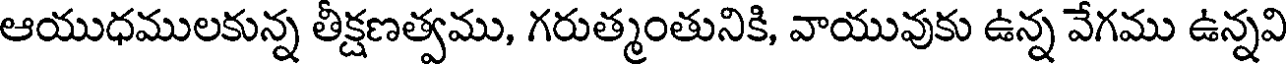
ఆయుధములకున్న తీక్షణత్వము, గరుత్మంతునికి, వాయువుకు ఉన్న వేగము ఉన్నవి